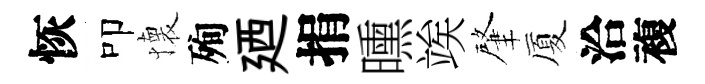
恢叩懐殉廼捐曛竢肇厦洽複